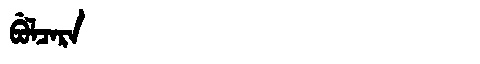
Manchu: ᠪᡠᠯᠴᠠᡵᠠ
Romanization: BULCARA